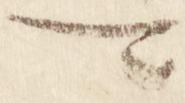
可